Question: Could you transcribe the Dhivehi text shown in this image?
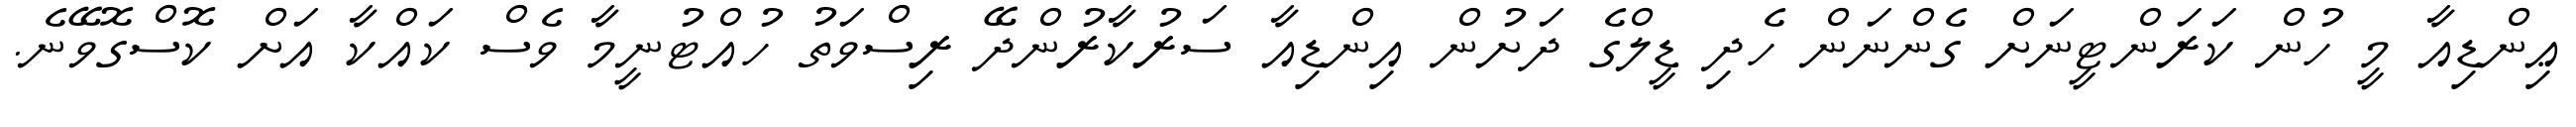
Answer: ޢިންޑިއާ މީ ހުން ކަރަންޓީނަށް ގެންނަން ހެދި ޑީލްގެ ދަށުން އިންޑިއާ ސަރުކާރުންދޭ ރިސްވަތު ހުއްޓުނީމާ ވެސް ކައްކާ އަށް ކޮސްގޮވޭނެ.